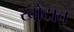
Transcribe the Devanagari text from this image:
खोटाच